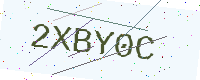
Text: 2XBY0C